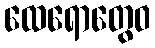
ထေရောတွေဝ